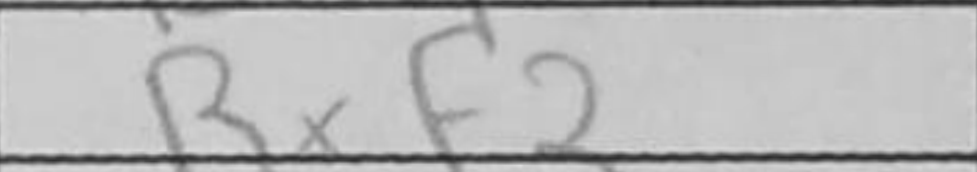
Transcription: Rxf2